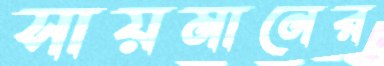
সায়মানের